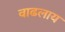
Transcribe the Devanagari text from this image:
वाढलाय